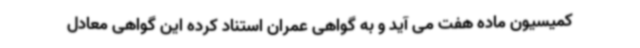
کمیسیون ماده هفت می آید و به گواهی عمران استناد کرده این گواهی معادل